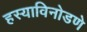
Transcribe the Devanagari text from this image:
हस्याविनोडणे